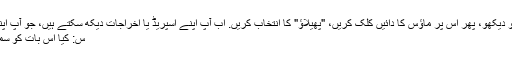
کا جواب: "مارکیٹ گھڑی" ونڈو کو دیکھو، پھر اس پر ماؤس کا دائیں کلک کریں، "پھیلاؤ" کا انتخاب کریں. اب آپ اپنے اسپریڈ یا اخراجات دیکھ سکتے ہیں، جو آپ اپنے بروکر پر ادائیگی کر رہے ہیں.
س: کیا اس بات کو سمجھنا مشکل ہے کہ اسپریڈ کیا ہے؟